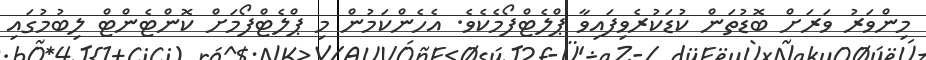
މިންވަރު ވަރަށް ބޮޑުތަން ކުޑަކުރެވިފައިވާ ޕްލެޓްފޯމެކެވެ. އެހެންކަމުން މި ޕްލެޓްފޯމަށް ކޮންޓެންޓް ލިބުމުގައި